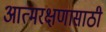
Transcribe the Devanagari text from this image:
आत्मरक्षणासाठी